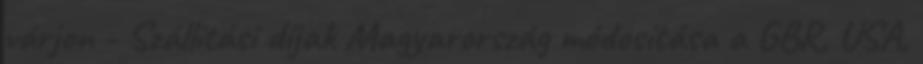
várjon - Szállítási díjak Magyarország módosítása a GBR, USA,